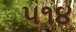
૫૧૪